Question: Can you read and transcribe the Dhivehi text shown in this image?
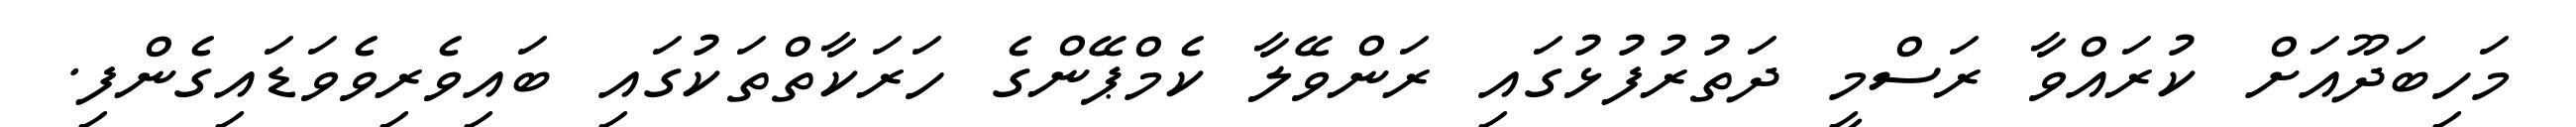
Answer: މަހިބަދޫއަށް ކުރައްވާ ރަސްމީ ދަތުރުފުޅުގައި ރަންވޭލާ ކެމްޕޭންގެ ހަރަކާތްތަކުގައި ބައިވެރިވެވަޑައިގެންފި.